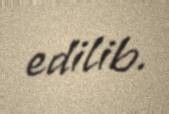
edilib.